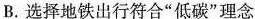
B.选择地铁出行符合”低碳”理念